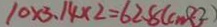
1 0 \times 3 . 1 4 \times 2 = 6 2 . 8 ( c m ^ { 2 } )